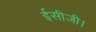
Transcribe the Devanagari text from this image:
ईसीजी।